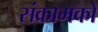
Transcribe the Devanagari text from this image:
संक्रामकों